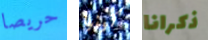
حريصا كينيا ذكرانا